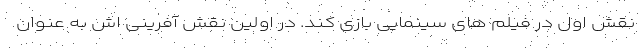
نقش اول در فیلم های سینمایی بازی کند. در اولین نقش آفرینی اش به عنوان